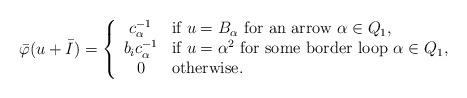
LaTeX: \begin{align*} \bar{\varphi}(u+\bar{I}) = \left\{ \begin{array}{cl} c_{\alpha}^{-1} & \mbox{if $u = B_{\alpha}$ for an arrow $\alpha \in Q_1$}, \\ b_i c_{\alpha}^{-1} & \mbox{if $u = \alpha^2$ for some border loop $\alpha \in Q_1$}, \\ 0 & \mbox{otherwise}. \end{array} \right.\end{align*}